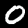
Digit: 0